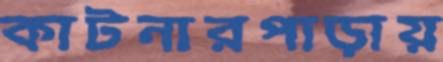
কাটনারপাড়ায়